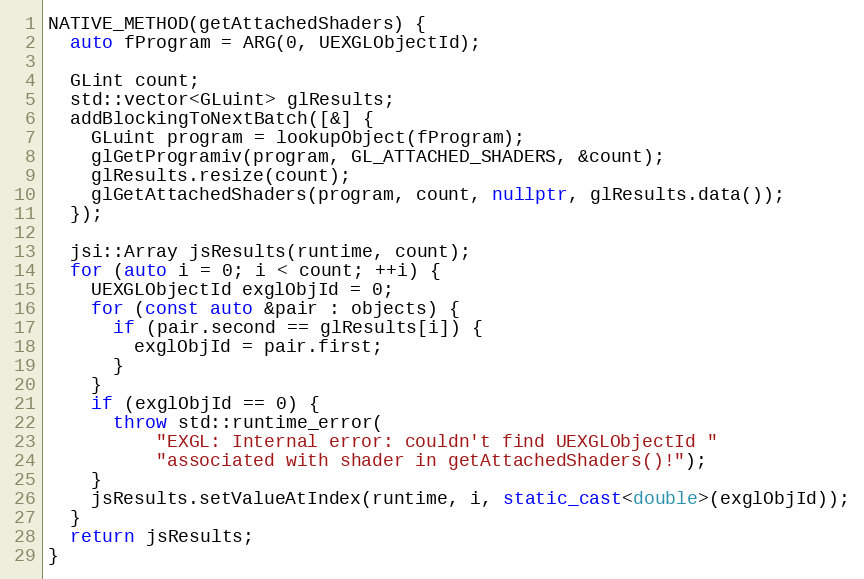
Language: C++
NATIVE_METHOD(getAttachedShaders) {
  auto fProgram = ARG(0, UEXGLObjectId);

  GLint count;
  std::vector<GLuint> glResults;
  addBlockingToNextBatch([&] {
    GLuint program = lookupObject(fProgram);
    glGetProgramiv(program, GL_ATTACHED_SHADERS, &count);
    glResults.resize(count);
    glGetAttachedShaders(program, count, nullptr, glResults.data());
  });

  jsi::Array jsResults(runtime, count);
  for (auto i = 0; i < count; ++i) {
    UEXGLObjectId exglObjId = 0;
    for (const auto &pair : objects) {
      if (pair.second == glResults[i]) {
        exglObjId = pair.first;
      }
    }
    if (exglObjId == 0) {
      throw std::runtime_error(
          "EXGL: Internal error: couldn't find UEXGLObjectId "
          "associated with shader in getAttachedShaders()!");
    }
    jsResults.setValueAtIndex(runtime, i, static_cast<double>(exglObjId));
  }
  return jsResults;
}